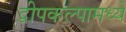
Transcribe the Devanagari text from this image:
द्वीपकल्पामध्ये